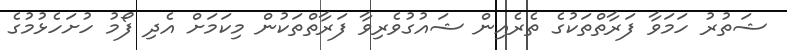
ޝަތުރު ހަމަވާ ފަރާތްތަކުގެ ތެރެއިން ޝައުގުވެރިވާ ފަރާތްތަކުން މިކަމަށް އެދި ފޯމު ހުށަހެޅުމުގެ